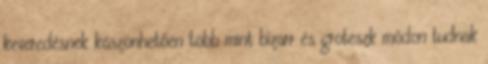
keveredésnek köszönhetően több mint bizarr és groteszk módon tudnak